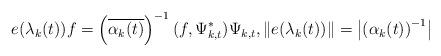
LaTeX: \begin{align*}e(\lambda_{k}(t))f=\left( \overline{\alpha_{k}(t)}\right) ^{-1}(f,\Psi_{k,t}^{\ast})\Psi_{k,t},\left\Vert e(\lambda_{k}(t))\right\Vert=\left\vert \left( \alpha_{k}(t)\right) ^{-1}\right\vert\end{align*}